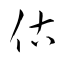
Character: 估